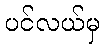
ပင်လယ်မှ